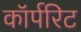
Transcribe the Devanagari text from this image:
कॉर्परिट